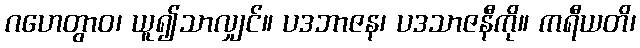
ဂဟေတွာဝ၊ ယူ၍သာလျှင်။ ပဒဘာဇန၊ ပဒသာဇနီကို။ ကရီယတိ၊